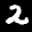
Label: 2